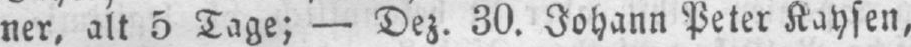
ner, alt 5 Tage; - Dez. 30. Johann Peter Kaysen,